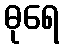
ဓုရေ